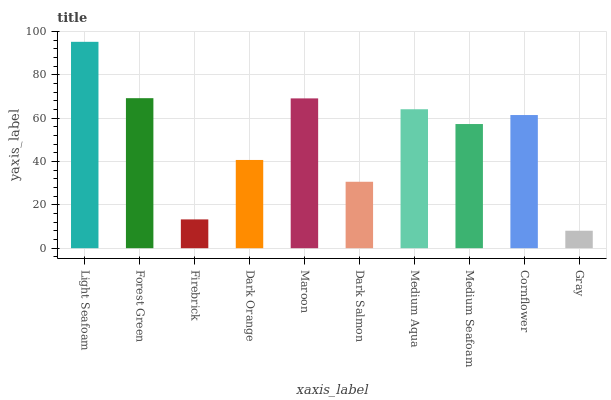
| xaxis_label | bars |
 | --- | --- |
 | Light Seafoam | 95.3 |
 | Forest Green | 69.3 |
 | Firebrick | 13.3 |
 | Dark Orange | 40.8 |
 | Maroon | 69.2 |
 | Dark Salmon | 30.7 |
 | Medium Aqua | 64.2 |
 | Medium Seafoam | 57.3 |
 | Cornflower | 61.5 |
 | Gray | 8.06 |